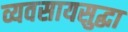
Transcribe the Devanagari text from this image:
व्यवसायसुद्धा